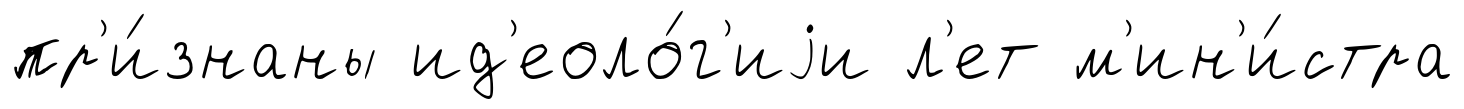
пр'и́знаны ид'еоло́г'иjи л'ет м'ин'и́стра